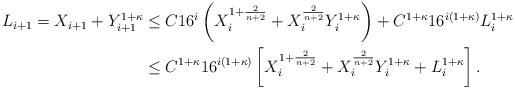
LaTeX: \begin{align*}\begin{aligned}L_{i+1}=X_{i+1}+Y_{i+1}^{1+\kappa}&\leq C16^{i}\left(X_i^{1+\frac{2}{n+2}}+X_i^{\frac{2}{n+2}}Y_i^{1+\kappa}\right)+C^{1+\kappa}16^{i(1+\kappa)}L_i^{1+\kappa}\\&\leq C^{1+\kappa}16^{i(1+\kappa)}\left[X_i^{1+\frac{2}{n+2}}+X_i^{\frac{2}{n+2}}Y_i^{1+\kappa}+L_i^{1+\kappa}\right].\end{aligned}\end{align*}